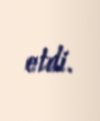
etdi.